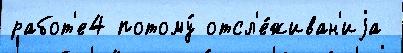
работ'е4 потому́ отсл'е́живан'иjа